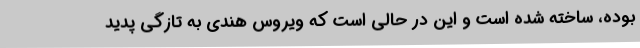
بوده، ساخته شده است و این در حالی است که ویروس هندی به تازگی پدید